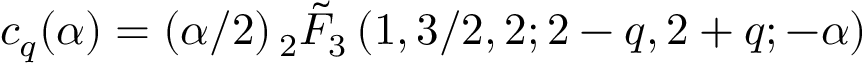
c _ { q } ( \alpha ) = ( \alpha / 2 ) \, { } _ { 2 } \tilde { F } _ { 3 } \left( 1 , 3 / 2 , 2 ; 2 - q , 2 + q ; - \alpha \right)